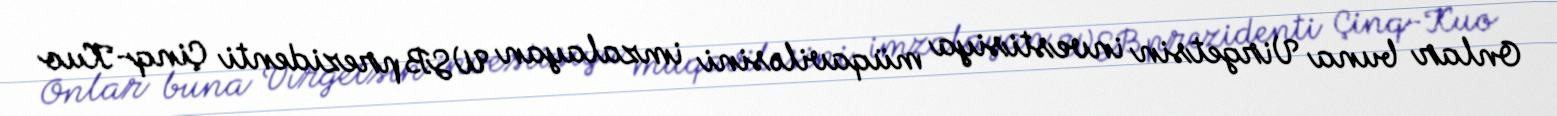
Onlar buna Virgetsin investisiya müqaviləsini imzalayan WSB prezidenti Çinq-Kuo